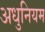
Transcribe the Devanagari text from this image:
अधुनियम